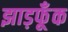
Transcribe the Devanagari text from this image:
झाड़फूँक